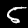
Digit: 5